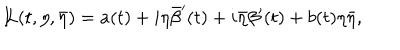
LaTeX: { I \! \! L } ( t , \eta , \bar { \eta } ) = a ( t ) + i \eta \bar { \beta } ^ { \prime } ( t ) + i \bar { \eta } \beta ^ { \prime } ( t ) + b ( t ) \eta \bar { \eta } ,